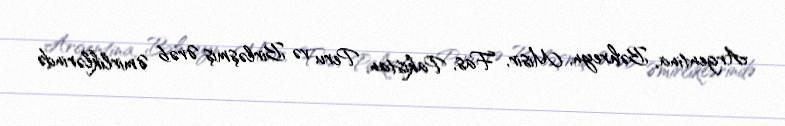
Argentina, Bəhreyn, Misir, Fas, Pakistan, Peru və Birləşmiş Ərəb Əmirliklərində